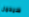
سيحمل